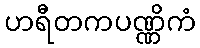
ဟရီတကပဏ္ဏိကံ